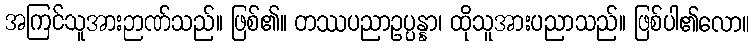
အကြင်သူအားဉာဏ်သည်။ ဖြစ်၏။ တဿပညာဥပ္ပန္နာ၊ ထိုသူအားပညာသည်။ ဖြစ်ပါ၏လော။